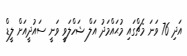
އަދި 76 ވަނަ މެޗްގައި މުޙައްމަދު އަލް ޝަހްލަވީ ވަނީ ސައުދީއަށް ލީޑް